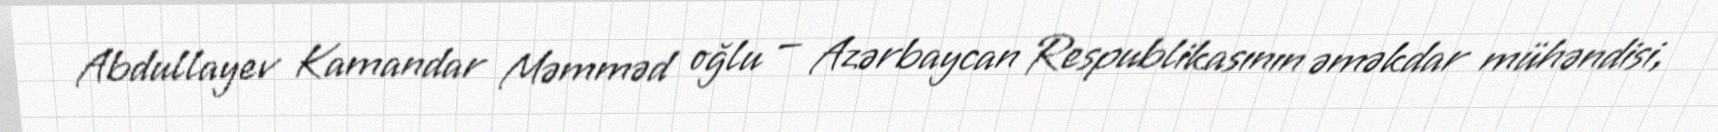
Abdullayev Kamandar Məmməd oğlu — Azərbaycan Respublikasının əməkdar mühəndisi,